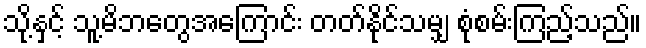
သို့နှင့် သူ့မိဘတွေအကြောင်း တတ်နိုင်သမျှ စုံစမ်းကြည့်သည်။